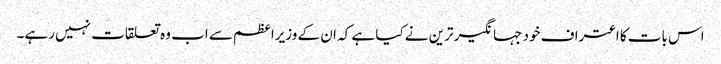
اس بات کا اعتراف خود جہانگیر ترین نے کیا ہے کہ ان کے وزیراعظم سے اب وہ تعلقات نہیں رہے۔